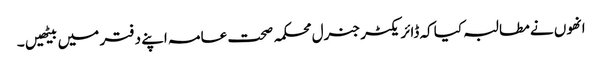
انھوں نے مطالبہ کیا کہ ڈائریکٹر جنرل محکمہ صحت عامہ اپنے دفتر میں بیٹھیں ۔